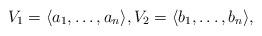
LaTeX: \begin{gather*}V_1= \langle a_1,\dots, a_n\rangle,V_2= \langle b_1,\dots, b_n\rangle,\end{gather*}